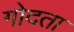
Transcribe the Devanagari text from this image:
गोदता